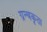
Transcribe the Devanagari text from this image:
ग्रन्थकृता